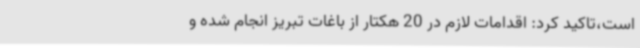
است،تاکید کرد: اقدامات لازم در 20 هکتار از باغات تبریز انجام شده و